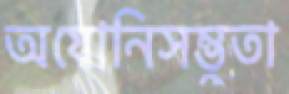
অযোনিসম্ভুতা